Report on the cultivation of protesoma, Labbé, in grey mosquitoes
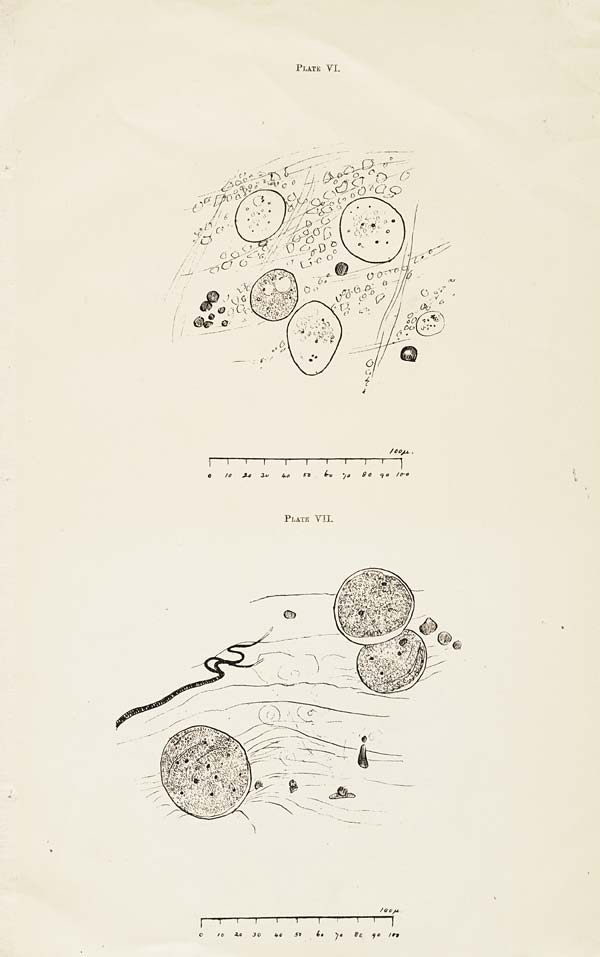
PLATE VI.
PLATE VII.